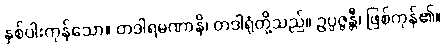
နှစ်ပါးကုန်သော။ တဒါရမဏာနိ၊ တဒါရုံတို့သည်။ ဥပ္ပဇ္ဇန္တီ၊ ဖြစ်ကုန်၏။